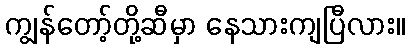
ကျွန်တော့်တို့ဆီမှာ နေသားကျပြီလား။